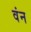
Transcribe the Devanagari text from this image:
वंन